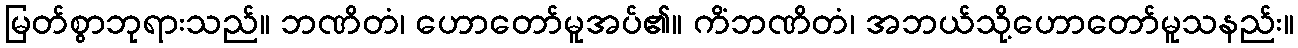
မြတ်စွာဘုရားသည်။ ဘဏိတံ၊ ဟောတော်မူအပ်၏။ ကိံဘဏိတံ၊ အဘယ်သို့ဟောတော်မူသနည်း။